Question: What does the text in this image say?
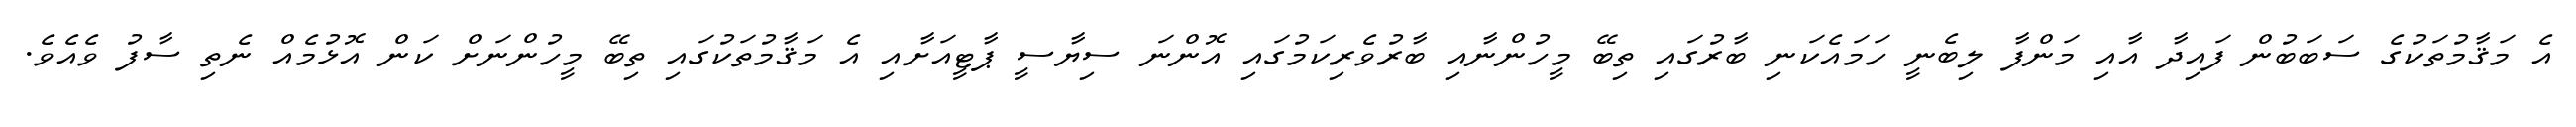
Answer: އެ މަޤާމުތަކުގެ ސަބަބުން ފައިދާ އާއި މަންފާ ލިބެނީ ހަމައެކަނި ބާރުގައި ތިބޭ މީހުންނާއި ބާރުވެރިކަމުގައި އޮންނަ ސިޔާސީ ޕާޓީއަށާއި އެ މަޤާމުތަކުގައި ތިބޭ މީހުންނަށް ކަން އޮޅުމެއް ނެތި ސާފު ވެއެވެ.